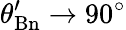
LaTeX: \theta_{\mathrm{Bn}}^{\prime}\rightarrow 90^{\circ}